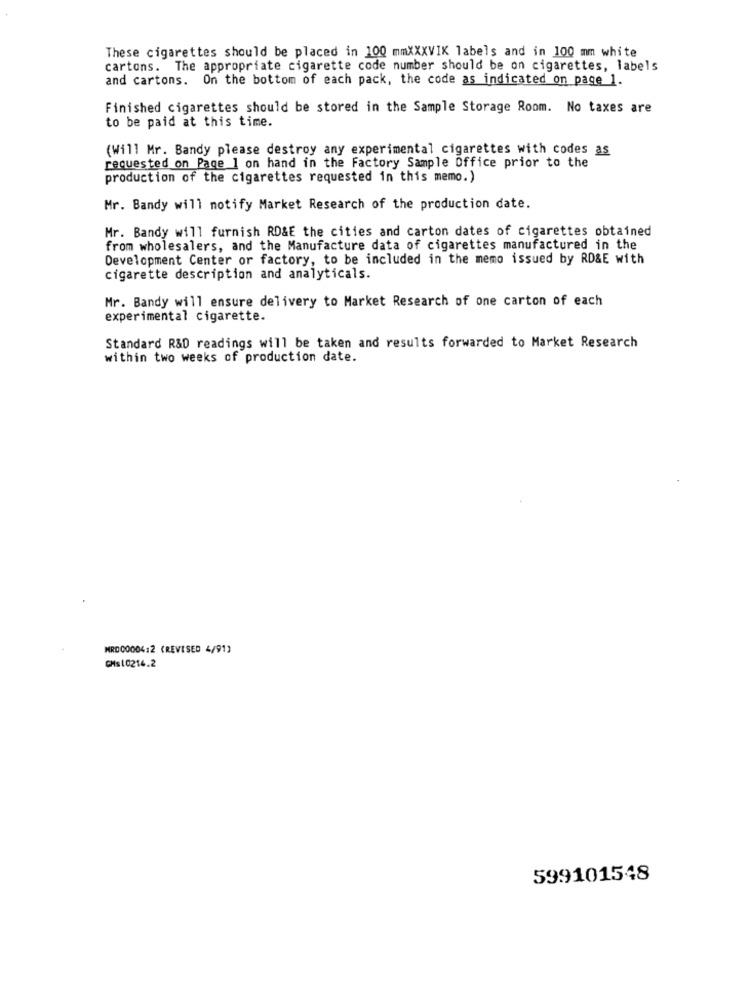
These cigarettes should be placed in 100 mmXXXVIK labels and in 100 mm white
cartons. The appropriate cigarette code number should be on cigarettes, labels
and cartons. On the bottom of each pack, the code as indicated on page 1.
Finished cigarettes should be stored in the Sample Storage Room. No taxes are
to be paid at this time.
(Will Mr. Bandy please destroy any experimental cigarettes with codes as
requested on Page 1 on hand in the Factory Sample Office prior to the
production of the cigarettes requested in this memo.)
Mr. Bandy will notify Market Research of the production date.
Mr. Bandy will furnish RD&E the cities and carton dates of cigarettes obtained
from wholesalers, and the Manufacture data of cigarettes manufactured in the
Development Center or factory, to be included in the memo issued by RD&E with
cigarette description and analyticals.
Mr. Bandy will ensure delivery to Market Research of one carton of each
experimental cigarette.
Standard R&D readings will be taken and results forwarded to Market Research
within two weeks of production date.
MRD00004:2 (REVISED 4/91)
CHs10214.2
599101548